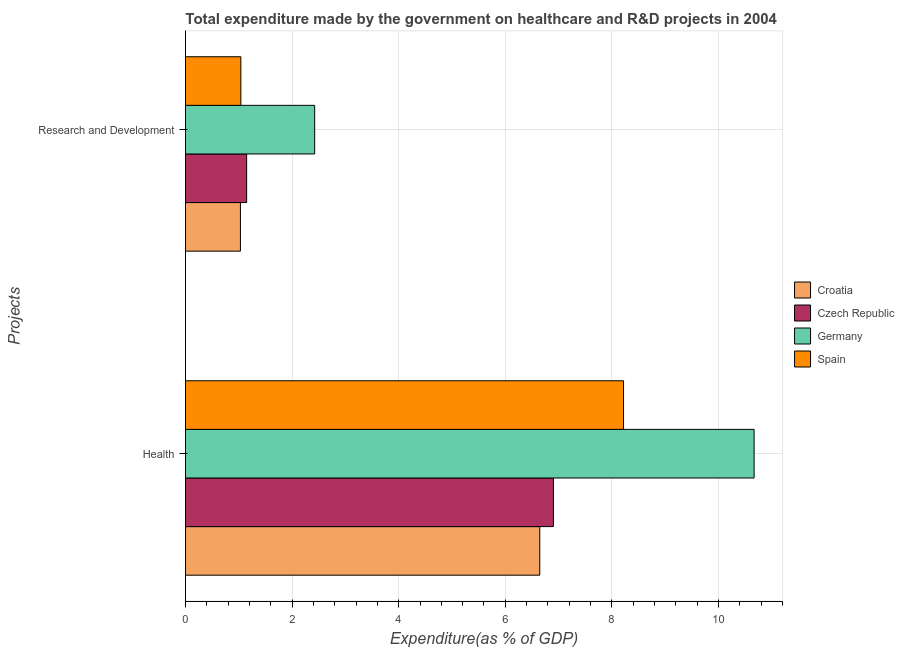
| Projects | Croatia | Czech Republic | Germany | Spain |
 | --- | --- | --- | --- | --- |
 | Health | 6.65 | 6.9 | 10.7 | 8.22 |
 | Research and Development | 1.03 | 1.15 | 2.42 | 1.04 |